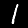
Digit: 1